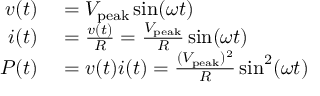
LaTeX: \begin{array} { r l } { v ( t ) } & { { } = V _ { \mathrm { p e a k } } \sin ( \omega t ) } \\ { i ( t ) } & { { } = { \frac { v ( t ) } { R } } = { \frac { V _ { \mathrm { p e a k } } } { R } } \sin ( \omega t ) } \\ { P ( t ) } & { { } = v ( t ) i ( t ) = { \frac { ( V _ { \mathrm { p e a k } } ) ^ { 2 } } { R } } \sin ^ { 2 } ( \omega t ) } \end{array}